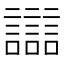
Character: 𧭛